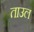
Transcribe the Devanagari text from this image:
ताउल